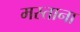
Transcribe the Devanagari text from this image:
मस्‍ताना